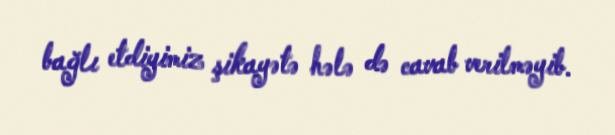
bağlı etdiyimiz şikayətə hələ də cavab verilməyib.